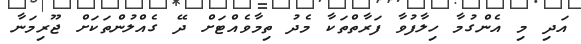
އަދި މި އެންގުމާ ހިލާފުވާ ފަރާތްތަކާ މެދު ތިމާވެއްޓަށް ދޭ ގެއްލުންތަކަށް ޖޫރިމަނާ